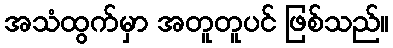
အသံထွက်မှာ အတူတူပင် ဖြစ်သည်။